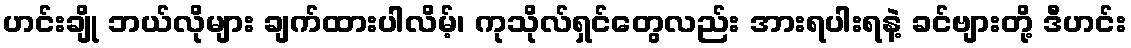
ဟင်းချို ဘယ်လိုများ ချက်ထားပါလိမ့်၊ ကုသိုလ်ရှင်တွေလည်း အားရပါးရနဲ့ ခင်ဗျားတို့ ဒီဟင်း